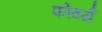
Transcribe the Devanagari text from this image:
फोर्थ्स